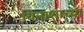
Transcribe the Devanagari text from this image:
विनाशाच्या